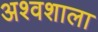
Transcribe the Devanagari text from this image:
अश्‍वशाला